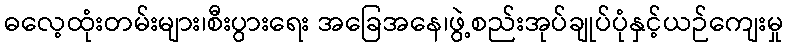
ဓလေ့ထုံးတမ်းများ၊စီးပွားရေး အခြေအနေ၊ဖွဲ့စည်းအုပ်ချုပ်ပုံနှင့်ယဉ်ကျေးမှု